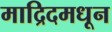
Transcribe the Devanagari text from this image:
माद्रिदमधून